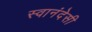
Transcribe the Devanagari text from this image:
स्वानंदेसी